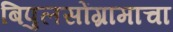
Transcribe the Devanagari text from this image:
बिपुलसोंग्रामाचा